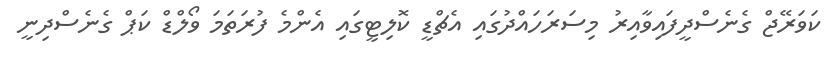
ކަވަރޭޖް ގެނެސްދީފައިވާއިރު މިސަރަހައްދުގައި އެޗްޑީ ކޮލިޓީގައި އެންމެ ފުރަތަމަ ވޯލްޑް ކަޕް ގެނެސްދިނީ